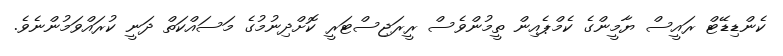
ކެންޑިޑޭޓް ރައީސް ޔާމީންގެ ކެމްޕެއިން ތީމުންވެސް ރީރަޖިސްޓަރީ ކޮށްދިނުމުގެ މަސައްކަތް ދަނީ ކުރައްވަމުންނެވެ.